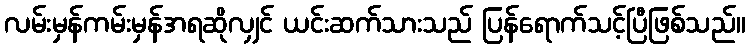
လမ်းမှန်ကမ်းမှန်အရဆိုလျှင် ယင်းဆက်သားသည် ပြန်ရောက်သင့်ပြီဖြစ်သည်။